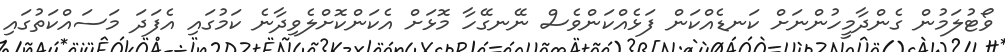
ވޯޓުލަމުން ގެންދާމީހުންނަށް ކަނޑެއްކަން ފަޅެއްކަންވެސް ނޭނގޭހާ މޮޅަށް އެކަންކޮށްލެވިދާނެ ކަމުގައި އެފަދަ މަސައްކަތުގައި